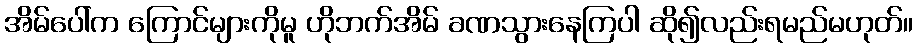
အိမ်ပေါ်က ကြောင်များကိုမူ ဟိုဘက်အိမ် ခဏသွားနေကြပါ ဆို၍လည်းရမည်မဟုတ်။